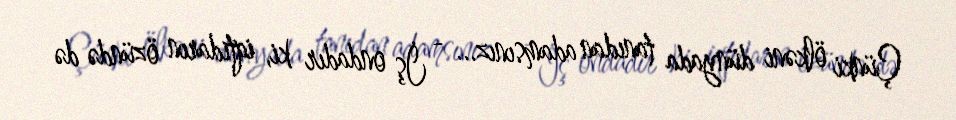
Çünki ölkəni dünyada tanıdan adamsınız... - İş ondadır ki, iqtidarın özündə də